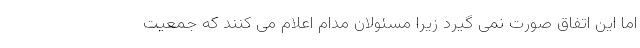
اما این اتفاق صورت نمی گیرد زیرا مسئولان مدام اعلام می کنند که جمعیت